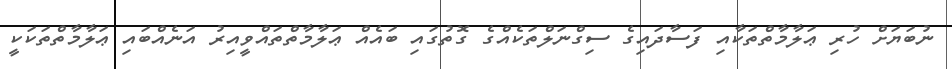
ނުބަޔަށް ހުރި ޢަލާމާތްތަކާއި ފަސާދައިގެ ސިގްނަލްތަކެއްގެ ގޮތުގައި ބައެއް ޢަލާމާތްތައްވީއިރު އަނެއްބައި ޢަލާމާތްތަކަކީ